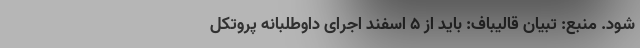
شود. منبع: تبیان قالیباف: باید از ۵ اسفند اجرای داوطلبانه پروتکل